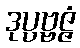
ဒုပ္ပဗ္ဗဇ္ဇံ